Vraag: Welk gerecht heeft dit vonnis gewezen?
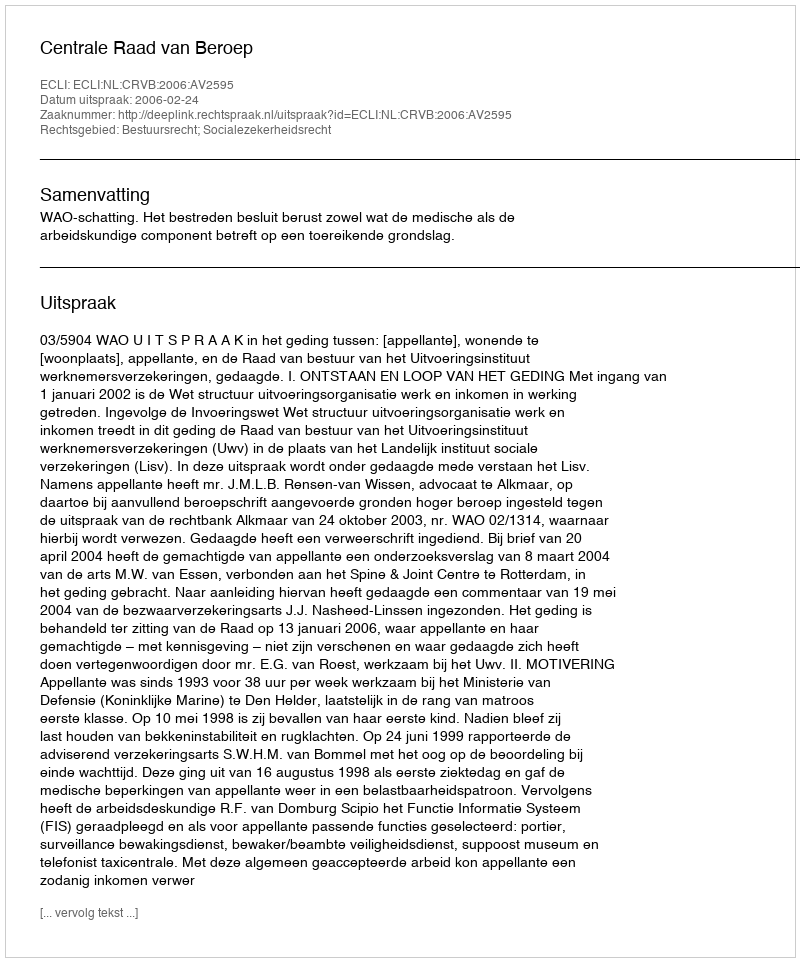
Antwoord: Centrale Raad van Beroep